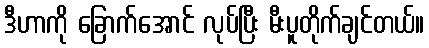
ဒီဟာကို ခြောက်အောင် လုပ်ပြီး မီးပူတိုက်ချင်တယ်။